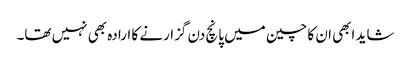
شاید ابھی ان کا چین میں پانچ دن گزارنے کا ارادہ بھی نہیں تھا۔